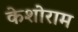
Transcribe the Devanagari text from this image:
केशोराम